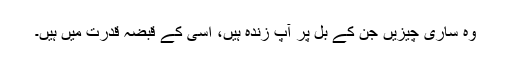
وہ ساری چیزیں جن کے بل پر آپ زندہ ہیں، اسی کے قبضۂ قدرت میں ہیں۔